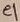
Text: e1